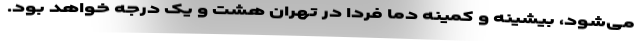
می‌شود، بیشینه و کمینه دما فردا در تهران هشت و یک درجه خواهد بود.